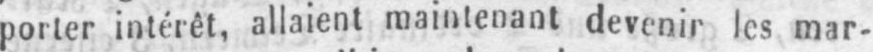
porter intérêt, allaient maintenant devenir les mar-